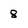
Character: 8